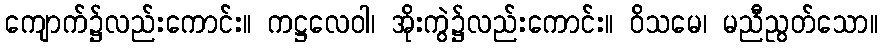
ကျောက်၌လည်းကောင်း။ ကဋ္ဌလေဝါ၊ အိုးကွဲ၌လည်းကောင်း။ ဝိသမေ၊ မညီညွတ်သော။